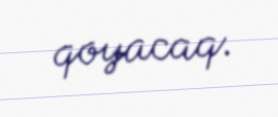
qoyacaq.